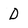
Character: D